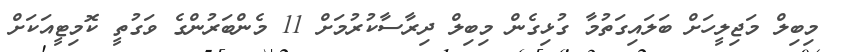
މިބިލް މަޖިލީހަށް ބަލައިގަތުމާ ގުޅިގެން މިބިލް ދިރާސާކުރުމަށް 11 މެންބަރުންގެ ވަގުތީ ކޮމިޓީއަކަށް